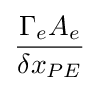
{\frac {{\Gamma {}}_{e}A_{e}}{{\delta {}x}_{PE}}}